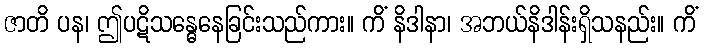
ဇာတိ ပန၊ ဤပဋိသန္ဓေနေခြင်းသည်ကား။ ကိံ နိဒါနာ၊ အဘယ်နိဒါန်းရှိသနည်း။ ကိံ